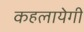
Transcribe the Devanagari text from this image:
कहलायेगी